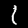
Digit: 1